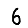
Digit: 6